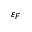
\varepsilon _ { F }